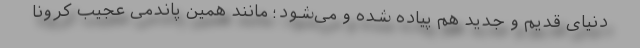
دنیای قدیم و جدید هم پیاده شده و می‌شود؛ مانند همین پاندمی عجیب کرونا